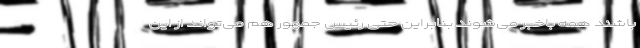
باشند همه باخبر می‌شوند بنابراین حتی رئیس جمهور هم می‌تواند از این